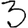
Digit: 3